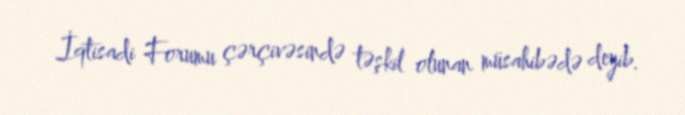
İqtisadi Forumu çərçivəsində təşkil olunan müsahibədə deyib.